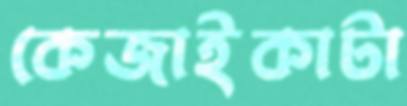
কেজাইকাটা